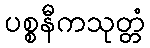
ပစ္စနီကသုတ္တံ